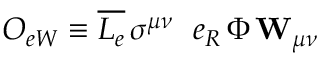
{ \cal O } _ { e W } \equiv \overline { { { L _ { e } } } } \, \sigma ^ { \mu \nu } \, { \bf \vec { \tau } } \, e _ { R } \, \Phi \, { \bf W } _ { \mu \nu }